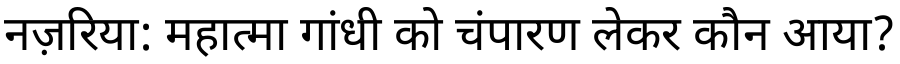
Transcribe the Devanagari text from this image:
नज़रिया: महात्मा गांधी को चंपारण लेकर कौन आया?